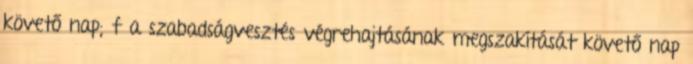
követő nap; f a szabadságvesztés végrehajtásának megszakítását követő nap